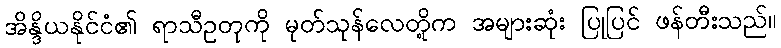
အိန္ဒိယနိုင်ငံ၏ ရာသီဥတုကို မုတ်သုန်လေတို့က အများဆုံး ပြုပြင် ဖန်တီးသည်။